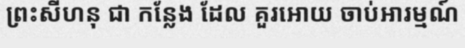
ព្រះសីហនុ ជា កន្លែង ដែល គួរអោយ ចាប់អារម្មណ៍